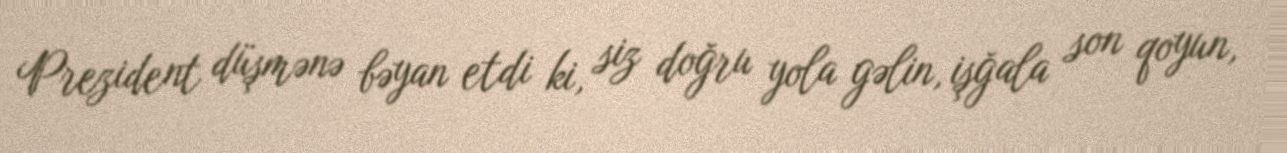
Prezident düşmənə bəyan etdi ki, siz doğru yola gəlin, işğala son qoyun,